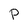
Character: p